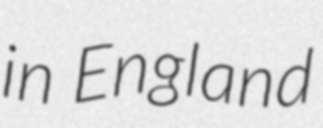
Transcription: in England